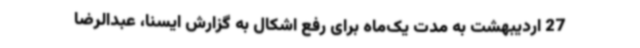
27 اردیبهشت به مدت یک‌ماه برای رفع اشکال به گزارش ایسنا، عبدالرضا